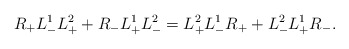
\begin{align*}R_+ L_-^1 L^2_+ + R_- L_+^1 L^2_- = L^2_+ L_-^1 R_+ + L^2_- L_+^1 R_-.\end{align*}